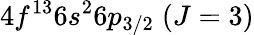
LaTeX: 4f^{13}6s^{2}6p_{3/2}\; (J=3)